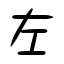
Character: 左